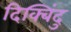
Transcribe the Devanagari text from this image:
दिक्बिंदु